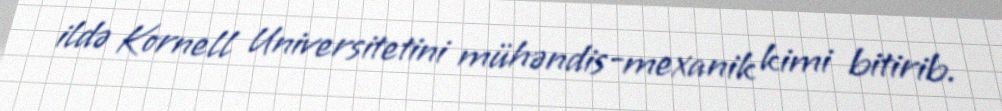
ildə Kornell Universitetini mühəndis-mexanik kimi bitirib.